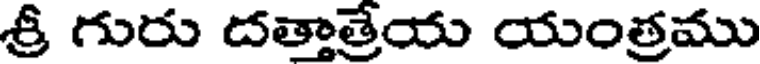
శ్రీ గురు దత్తాత్రేయ యంత్రము